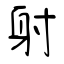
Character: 射